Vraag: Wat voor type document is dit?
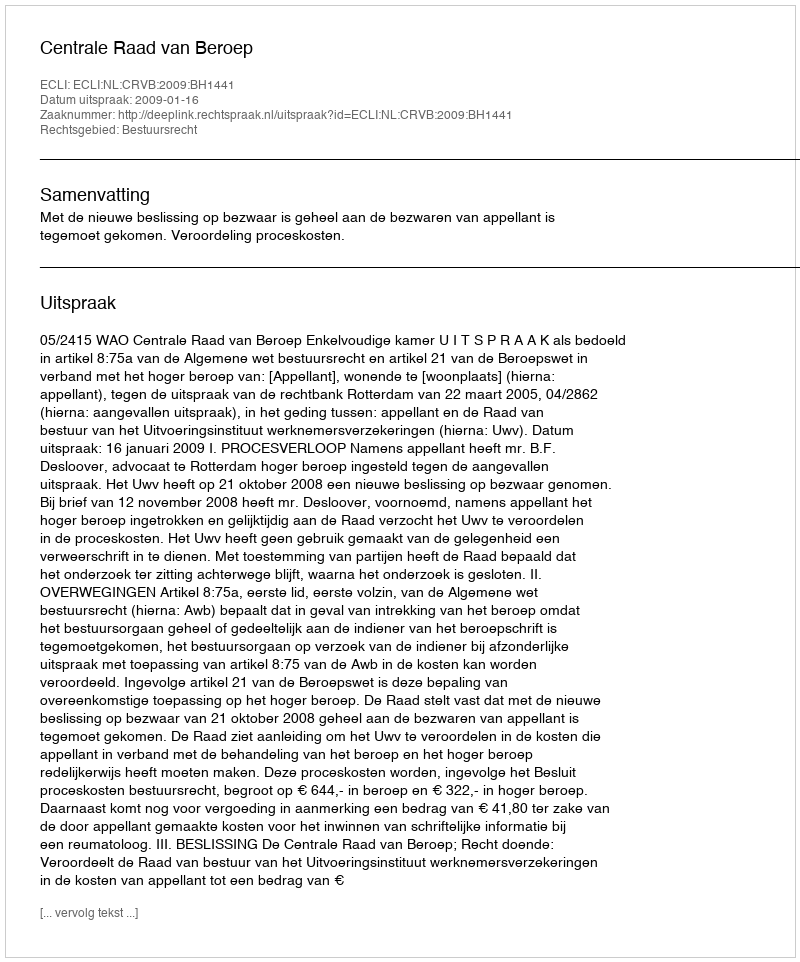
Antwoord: Uitspraak